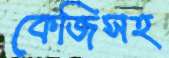
কেজিসহ